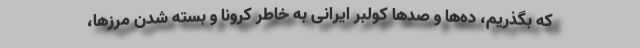
که بگذریم، ده‌ها و صدها کولبر ایرانی به خاطر کرونا و بسته شدن مرزها،